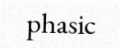
phasic